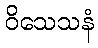
ဝိသေသနံ